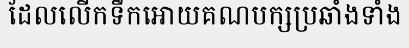
ដែលលើកទឹកអោយគណបក្សប្រឆាំងទាំង